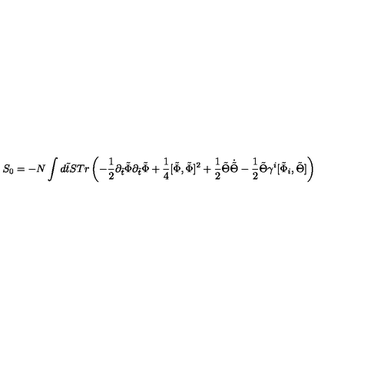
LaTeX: S _ { 0 } = - N \int d \tilde { t } S T r \left( - \frac { 1 } { 2 } \partial _ { \tilde { t } } \tilde { \Phi } \partial _ { \tilde { t } } \tilde { \Phi } + \frac { 1 } { 4 } [ \tilde { \Phi } , \tilde { \Phi } ] ^ { 2 } + { \frac { 1 } { 2 } } \tilde { \Theta } \dot { \tilde { \Theta } } - { \frac { 1 } { 2 } } \tilde { \Theta } \gamma ^ { i } [ \tilde { \Phi } _ { i } , \tilde { \Theta } ] \right)